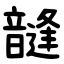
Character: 韼